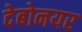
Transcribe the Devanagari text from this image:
देबोनयर